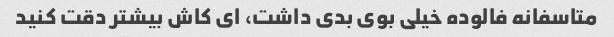
متاسفانه فالوده خیلی بوی بدی داشت، ای کاش بیشتر دقت کنید